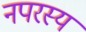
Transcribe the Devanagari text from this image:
नपरस्य